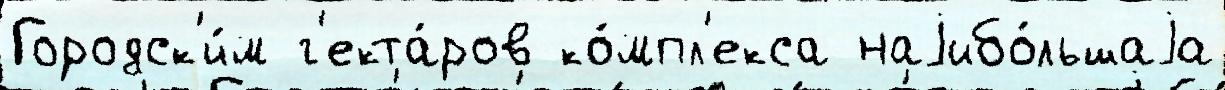
Городск'и́м г'екта́ров ко́мпл'екса наjибо́льшаjа